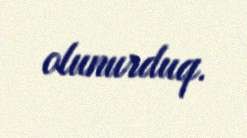
olunurduq.